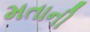
મતાની